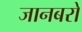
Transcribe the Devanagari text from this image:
जानबरो